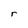
Character: r